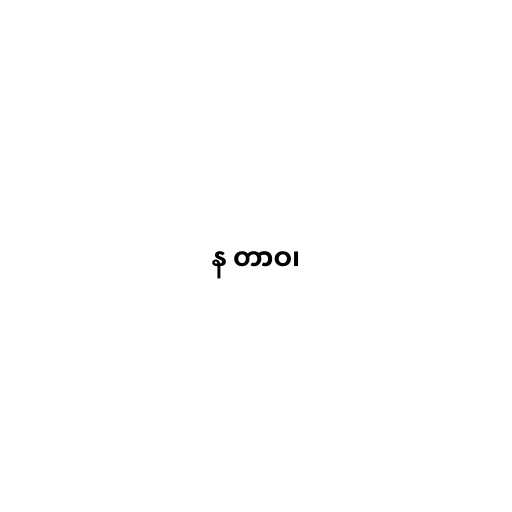
န တာဝ၊